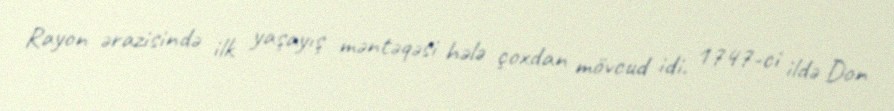
Rayon ərazisində ilk yaşayış məntəqəsi hələ çoxdan mövcud idi. 1747-ci ildə Don